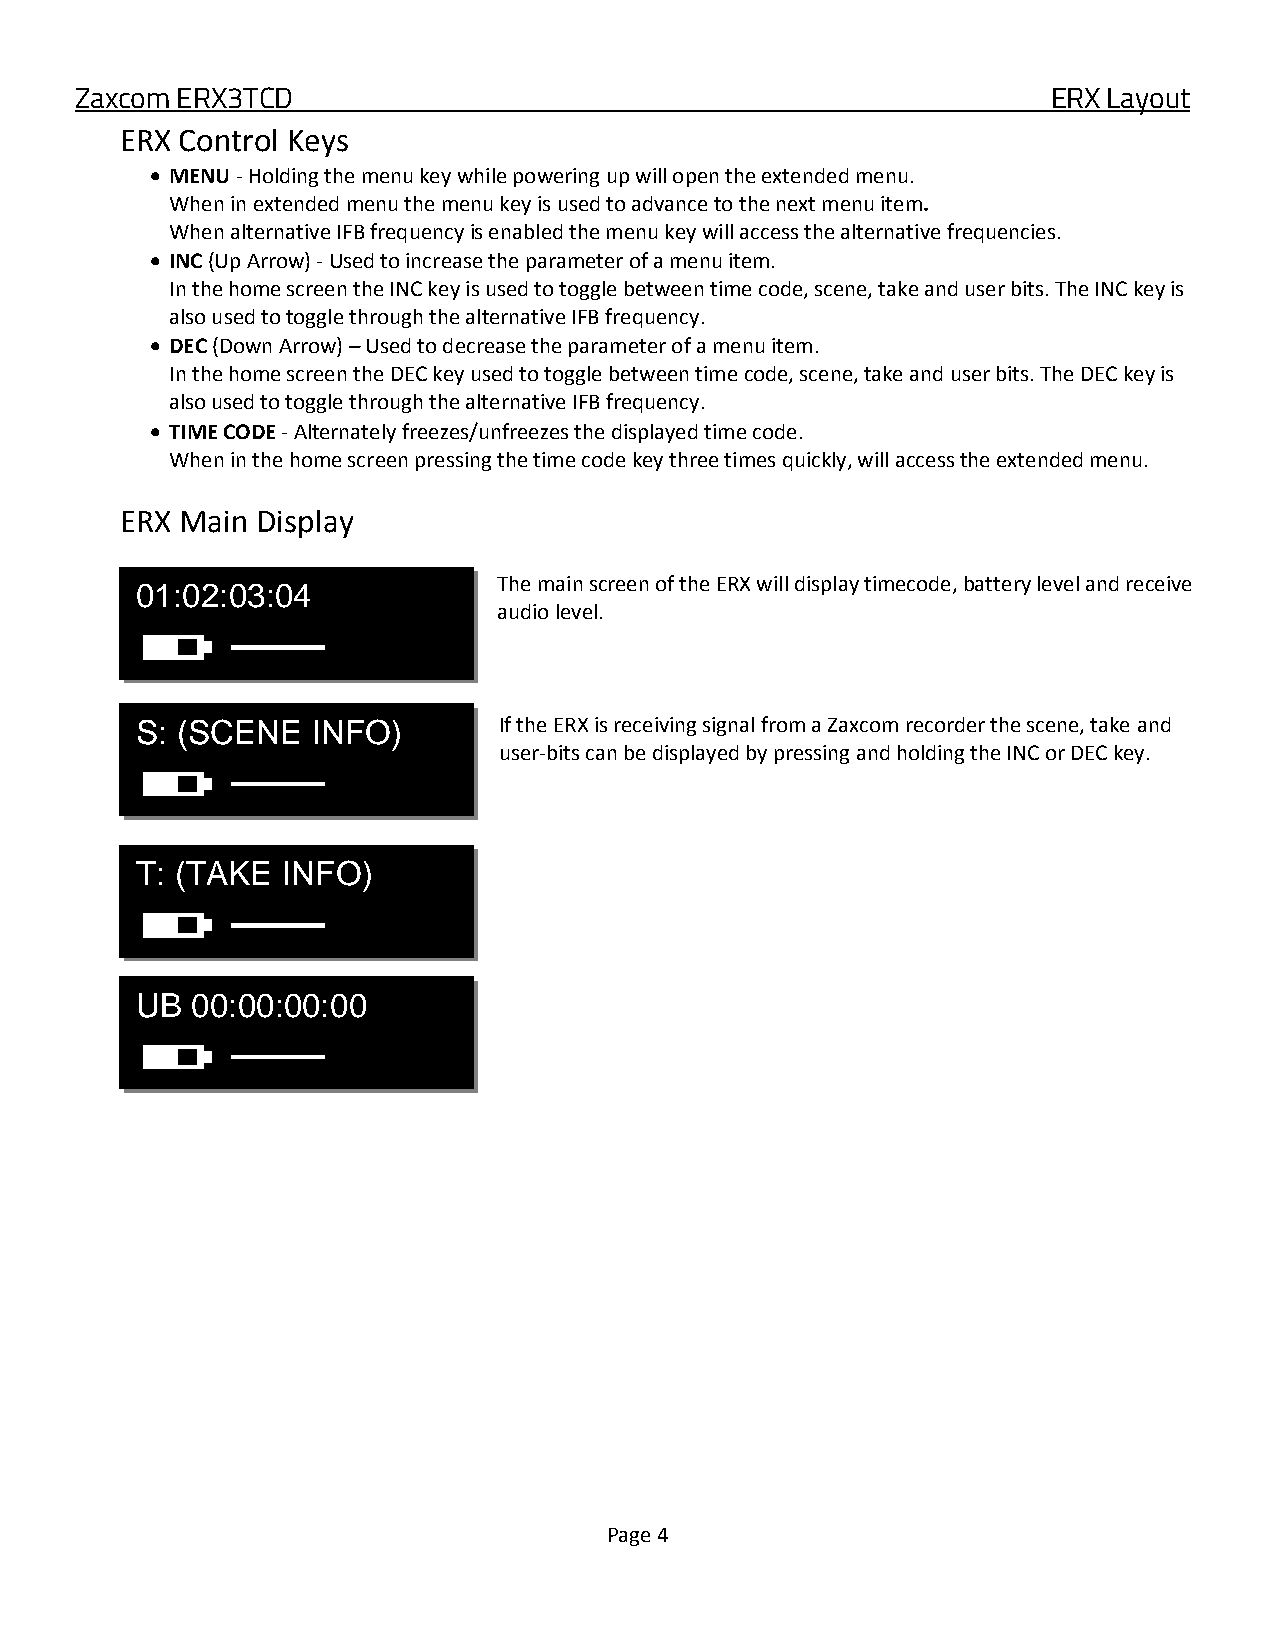
Zaxcom ERX3TCD                                                   ERX Layout
 ERX Control Keys
  MENU - Holding the menu key while powering up will open the extended menu.
 When in extended menu the menu key is used to advance to the next menu item.
 When alternative IFB frequency is enabled the menu key will access the alternative frequencies.
  INC (Up Arrow) - Used to increase the parameter of a menu item.
 In the home screen the INC key is used to toggle between time code, scene, take and user bits. The INC key is
 also used to toggle through the alternative IFB frequency.
  DEC (Down Arrow) – Used to decrease the parameter of a menu item.
 In the home screen the DEC key used to toggle between time code, scene, take and user bits. The DEC key is
 also used to toggle through the alternative IFB frequency.
  TIME CODE - Alternately freezes/unfreezes the displayed time code.
 When in the home screen pressing the time code key three times quickly, will access the extended menu.
 ERX Main Display
 The main screen of the ERX will display timecode, battery level and receive
 01:02:03:04
 audio level.
 S: (SCENE   INFO)       If the ERX is receiving signal from a Zaxcom recorder the scene, take and
 user-bits can be displayed by pressing and holding the INC or DEC key.
 T: (TAKE  INFO)
 UB  00:00:00:00
 Page 4